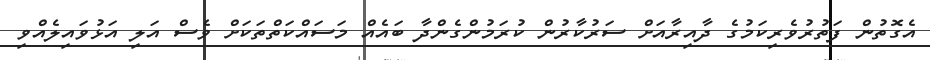
އެގޮތުން ފަތުރުވެރިކަމުގެ ދާއިރާއަށް ސަރުކާރުން ކުރަމުންގެންދާ ބައެއް މަސައްކަތްތަކަށް ވެސް އަލި އަޅުވައިލެއްވި